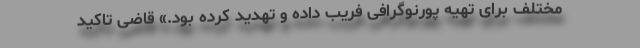
مختلف برای تهیه پورنوگرافی فریب داده و تهدید کرده بود.» قاضی تاکید